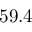
5 9 . 4